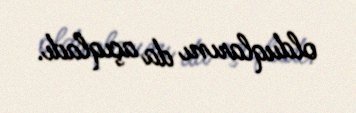
olduqlarını da açıqladı.